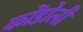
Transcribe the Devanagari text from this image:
कोंडोली